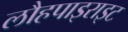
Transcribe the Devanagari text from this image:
लौहपाइराइट